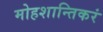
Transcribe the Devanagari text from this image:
मोहशान्तिकरं